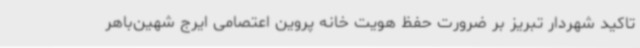
تاکید شهردار تبریز بر ضرورت حفظ هویت خانه پروین اعتصامی ایرج شهین‌باهر